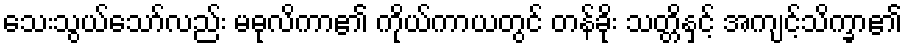
သေးသွယ်သော်လည်း မဓုလိကာ၏ ကိုယ်ကာယတွင် တန်ခိုး သတ္တိနှင့် အကျင့်သိက္ခာ၏